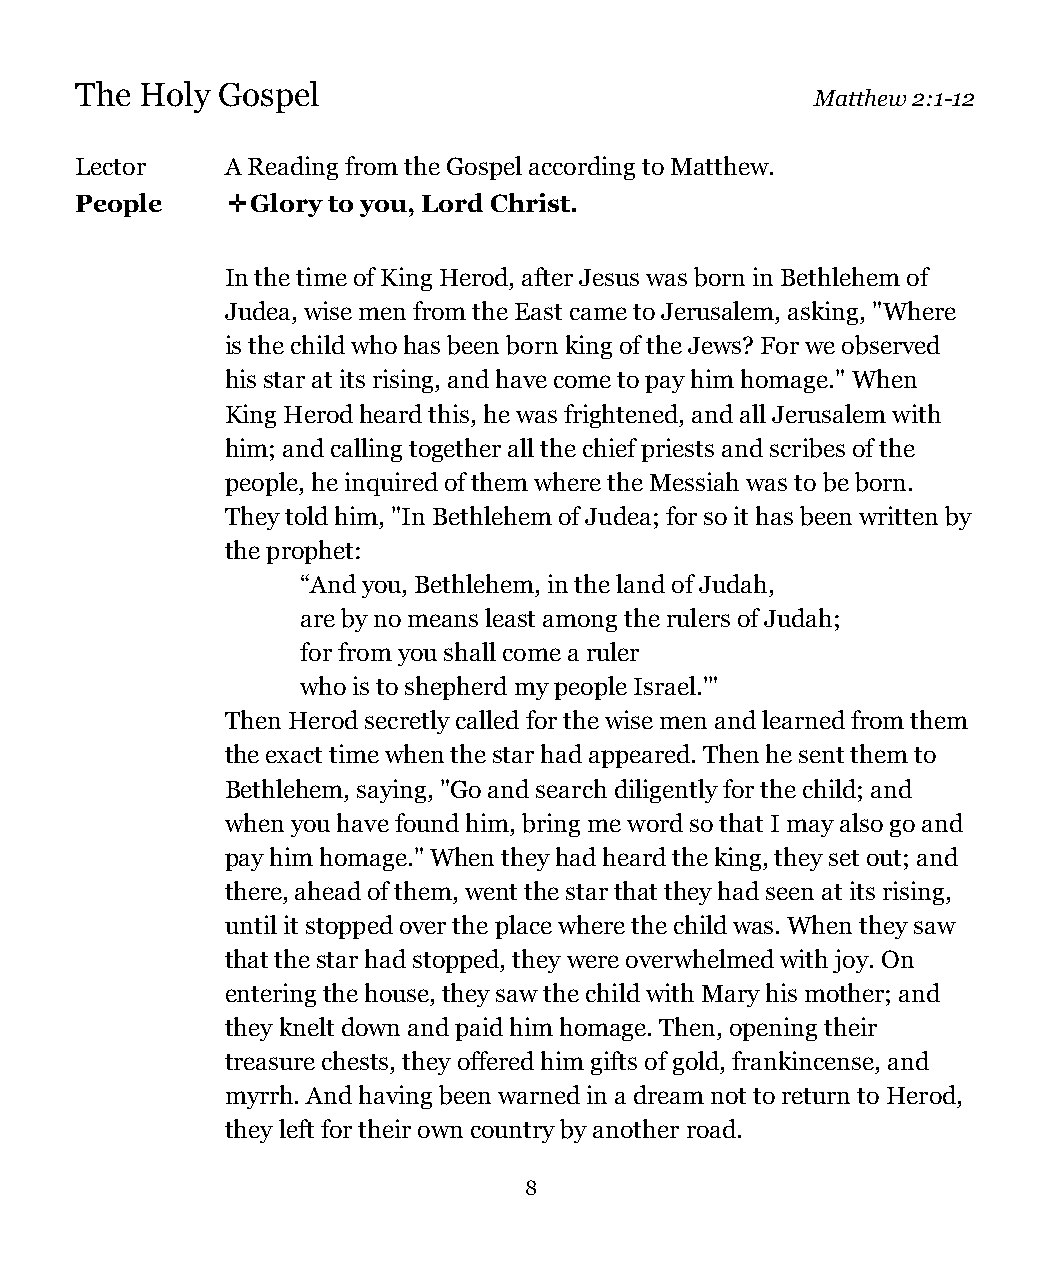
The Holy Gospel
 Matthew 2:1-12
 Lector    A Reading from the Gospel according to Matthew.
 People    ✛Glory to you, Lord Christ.
 In the time of King Herod, after Jesus was born in Bethlehem of
 Judea, wise men from the East came to Jerusalem, asking, "Where
 is the child who has been born king of the Jews? For we observed
 his star at its rising, and have come to pay him homage." When
 King Herod heard this, he was frightened, and all Jerusalem with
 him; and calling together all the chief priests and scribes of the
 people, he inquired of them where the Messiah was to be born.
 They told him, "In Bethlehem of Judea; for so it has been written by
 the prophet:
 “And you, Bethlehem, in the land of Judah,
 are by no means least among the rulers of Judah;
 for from you shall come a ruler
 who is to shepherd my people Israel.'"
 Then Herod secretly called for the wise men and learned from them
 the exact time when the star had appeared. Then he sent them to
 Bethlehem, saying, "Go and search diligently for the child; and
 when you have found him, bring me word so that I may also go and
 pay him homage." When they had heard the king, they set out; and
 there, ahead of them, went the star that they had seen at its rising,
 until it stopped over the place where the child was. When they saw
 that the star had stopped, they were overwhelmed with joy. On
 entering the house, they saw the child with Mary his mother; and
 they knelt down and paid him homage. Then, opening their
 treasure chests, they offered him gifts of gold, frankincense, and
 myrrh. And having been warned in a dream not to return to Herod,
 they left for their own country by another road.
 8